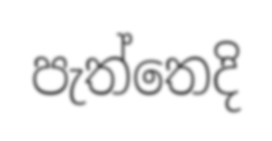
පැත්තෙදි